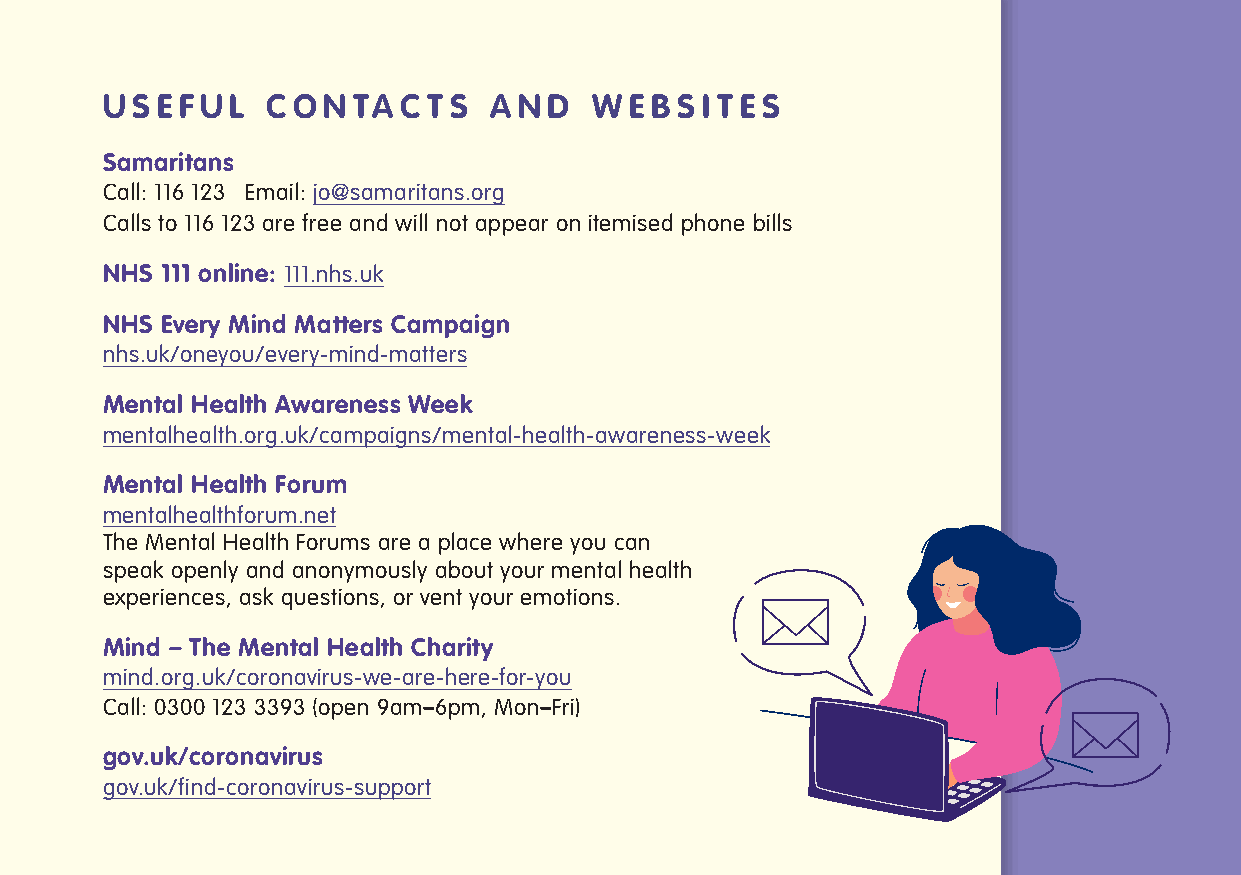
U S E F U L C O N TA C T S A N D W E B S I T E S
 Samaritans
 Call: 116 123 Email: jo@samaritans.org
 Calls to 116 123 are free and will not appear on itemised phone bills
 NHS 111 online: 111.nhs.uk
 NHS Every Mind Matters Campaign
 nhs.uk/oneyou/every-mind-matters
 Mental Health Awareness Week
 mentalhealth.org.uk/campaigns/mental-health-awareness-week
 Mental Health Forum
 mentalhealthforum.net
 The Mental Health Forums are a place where you can
 speak openly and anonymously about your mental health
 experiences, ask questions, or vent your emotions.
 Mind – The Mental Health Charity
 mind.org.uk/coronavirus-we-are-here-for-you
 Call: 0300 123 3393 (open 9am–6pm, Mon–Fri)
 gov.uk/coronavirus
 gov.uk/find-coronavirus-support